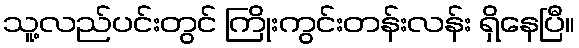
သူ့လည်ပင်းတွင် ကြိုးကွင်းတန်းလန်း ရှိနေပြီ။